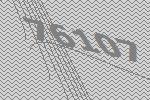
76107